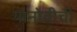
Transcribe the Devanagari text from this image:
यानोवीची